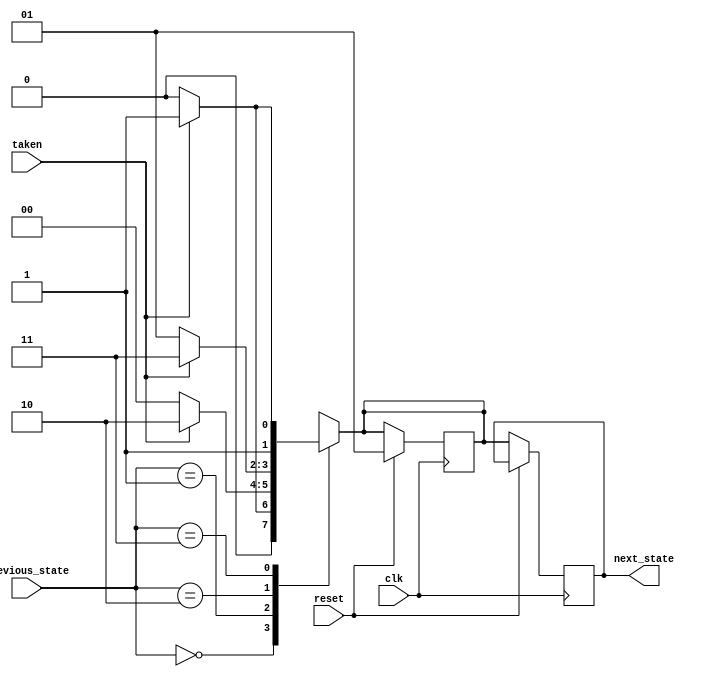
`timescale 1ns/1ns

module fsm_logic#( parameter SNT = 0,
		   parameter WNT = 1,
		   parameter WT = 2,
		   parameter ST = 3
		   )(
		     input 	      clk,
		     input 	      reset,
		     input [1:0]      previous_state,
		     input 	      taken,
		     output reg [1:0] next_state
		     );

   reg [1:0] 			      state;
   
   
    always @(posedge clk)    
      begin
	 if (reset)
	   state <= WNT;
	 else
	   next_state <= state;
     end
    
   

   always @(*) begin
     state = previous_state; // Default next state
      case (state)
      SNT: begin
	  state = taken ? WNT : SNT;
       end
       WNT: begin
	  state = taken ? WT : SNT;
       end
       WT: begin
	 state = taken ? ST : WNT;
       end
       ST: begin
	  state = taken ? ST : WT;
       end
      endcase
   end 

   endmodule